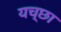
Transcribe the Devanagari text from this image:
यच्छा